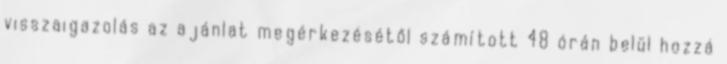
visszaigazolás az ajánlat megérkezésétől számított 48 órán belül hozzá